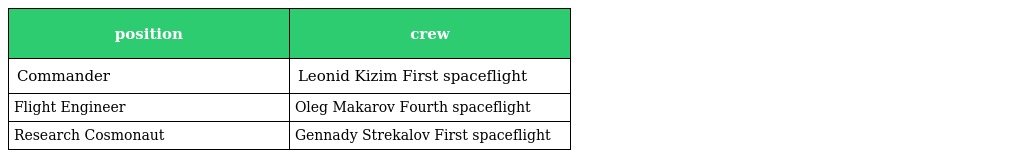
| position | crew |
 | --- | --- |
 | Commander | Leonid Kizim First spaceflight |
 | Flight Engineer | Oleg Makarov Fourth spaceflight |
 | Research Cosmonaut | Gennady Strekalov First spaceflight |